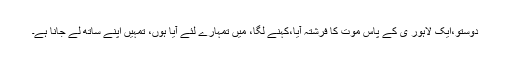
دوستو،ایک لاہور ی کے پاس موت کا فرشتہ آیا،کہنے لگا، میں تمہارے لئے آیا ہوں، تمہیں اپنے ساتھ لے جانا ہے۔